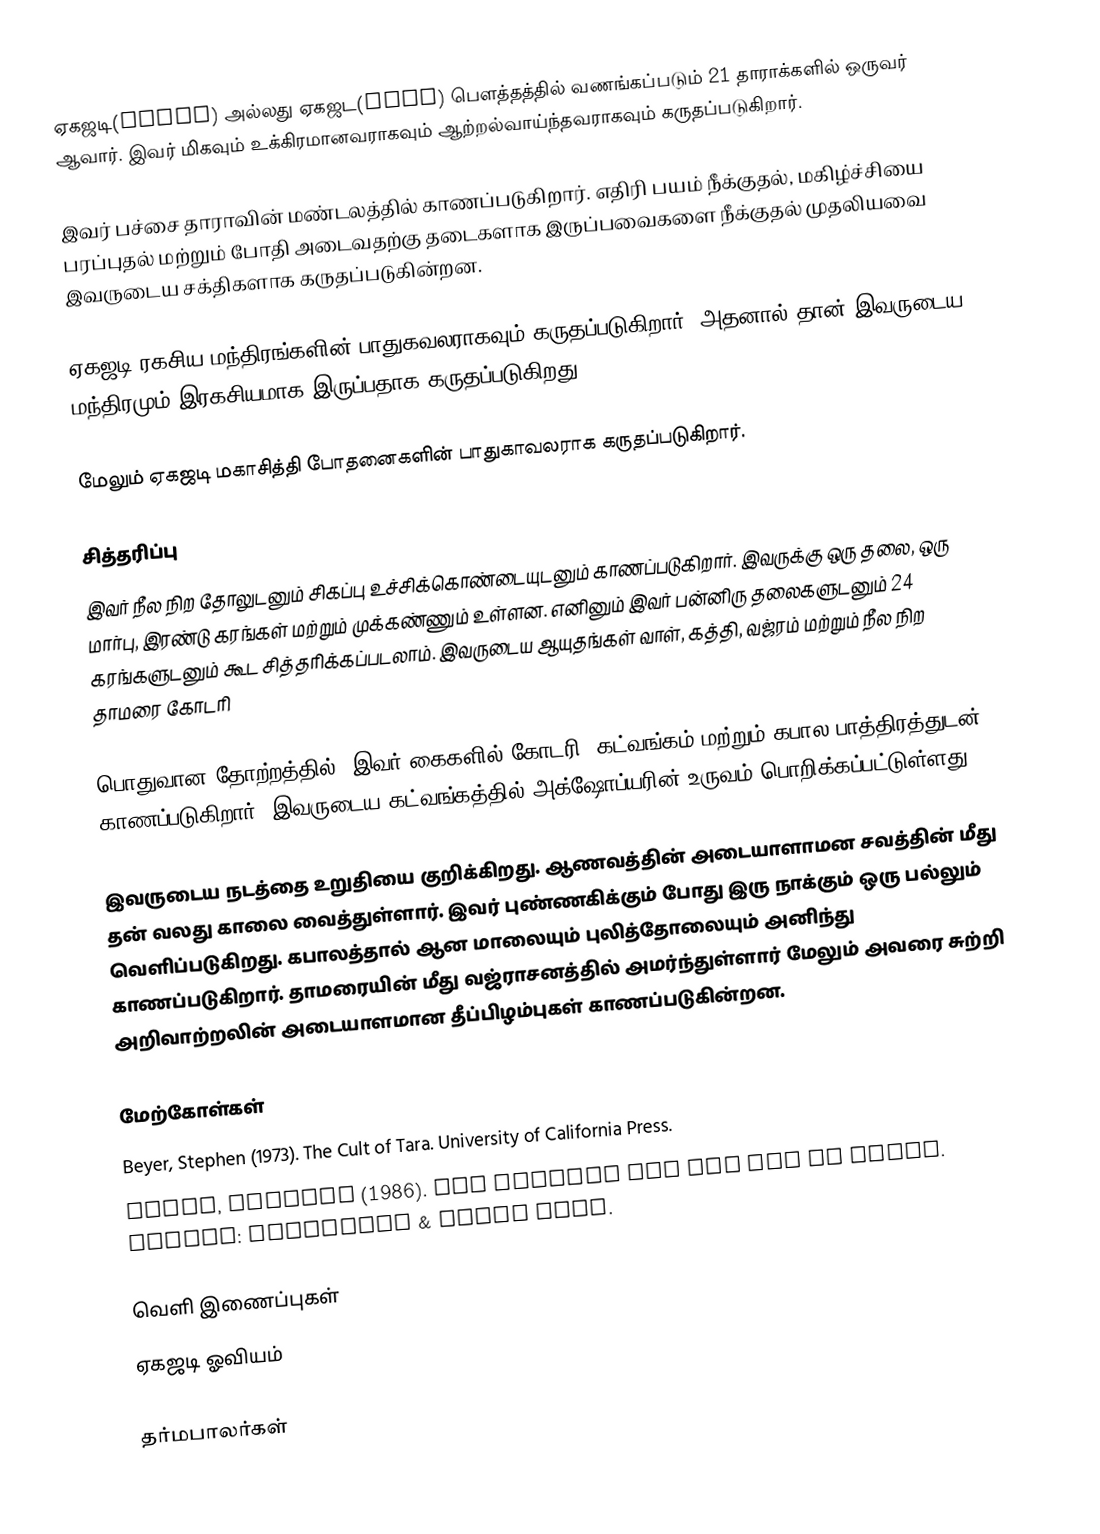
ஏகஜடி(एकजटी) அல்லது ஏகஜட(एकजट) பௌத்தத்தில் வணங்கப்படும் 21 தாராக்களில் ஒருவர் ஆவார். இவர் மிகவும் உக்கிரமானவராகவும் ஆற்றல்வாய்ந்தவராகவும் கருதப்படுகிறார்.

இவர் பச்சை தாராவின் மண்டலத்தில் காணப்படுகிறார். எதிரி பயம் நீக்குதல், மகிழ்ச்சியை பரப்புதல் மற்றும் போதி அடைவதற்கு தடைகளாக இருப்பவைகளை நீக்குதல் முதலியவை இவருடைய சக்திகளாக கருதப்படுகின்றன.

ஏகஜடி ரகசிய மந்திரங்களின் பாதுகவலராகவும் கருதப்படுகிறார். அதனால் தான் இவருடைய மந்திரமும் இரகசியமாக இருப்பதாக கருதப்படுகிறது.

மேலும் ஏகஜடி மகாசித்தி போதனைகளின் பாதுகாவலராக கருதப்படுகிறார்.

சித்தரிப்பு
இவர் நீல நிற தோலுடனும் சிகப்பு உச்சிக்கொண்டையுடனும் காணப்படுகிறார். இவருக்கு ஒரு தலை, ஒரு மார்பு, இரண்டு கரங்கள் மற்றும் முக்கண்ணும் உள்ளன. எனினும் இவர் பன்னிரு தலைகளுடனும் 24 கரங்களுடனும் கூட சித்தரிக்கப்படலாம். இவருடைய ஆயுதங்கள் வாள், கத்தி, வஜ்ரம் மற்றும் நீல நிற தாமரை கோடரி

பொதுவான தோற்றத்தில், இவர் கைகளில் கோடரி, கட்வங்கம் மற்றும் கபால பாத்திரத்துடன் காணப்படுகிறார். இவருடைய கட்வங்கத்தில் அக்ஷோப்யரின் உருவம் பொறிக்கப்பட்டுள்ளது

இவருடைய நடத்தை உறுதியை குறிக்கிறது. ஆணவத்தின் அடையாளாமன சவத்தின் மீது தன் வலது காலை வைத்துள்ளார். இவர் புண்ணகிக்கும் போது இரு நாக்கும் ஒரு பல்லும் வெளிப்படுகிறது. கபாலத்தால் ஆன மாலையும் புலித்தோலையும் அனிந்து காணப்படுகிறார். தாமரையின் மீது வஜ்ராசனத்தில் அமர்ந்துள்ளார் மேலும் அவரை சுற்றி அறிவாற்றலின் அடையாளமான தீப்பிழம்புகள் காணப்படுகின்றன.

மேற்கோள்கள்
 Beyer, Stephen (1973). The Cult of Tara. University of California Press.
 Norbu, Namkhai (1986). The Crystal and the Way of Light. London: Routledge & Kegan Paul.

வெளி இணைப்புகள்
 ஏகஜடி ஓவியம்

தர்மபாலர்கள்